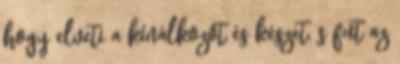
hogy elveti a kínálkozót és készet, s fut az